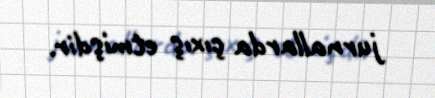
jurnallarda çıxış etmişdir.